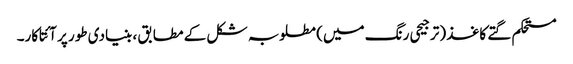
مستحکم گتے کاغذ (ترجیحی رنگ میں) مطلوبہ شکل کے مطابق ، بنیادی طور پر آئتاکار۔